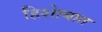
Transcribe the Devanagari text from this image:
हिशेाबात